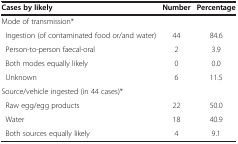
| Cases by likely | Number | Percentage |
 | --- | --- | --- |
 | Mode of transmission* |  |  |
 | Ingestion (of contaminated food or/and water) | 44 | 84.6 |
 | Person-to-person faecal-oral | 2 | 3.9 |
 | Both modes equally likely | 0 | 0.0 |
 | Unknown | 6 | 11.5 |
 | Source/vehicle ingested (in 44 cases)* |  |  |
 | Raw egg/egg products | 22 | 50.0 |
 | Water | 18 | 40.9 |
 | Both sources equally likely | 4 | 9.1 |